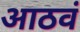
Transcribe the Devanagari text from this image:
आठवं